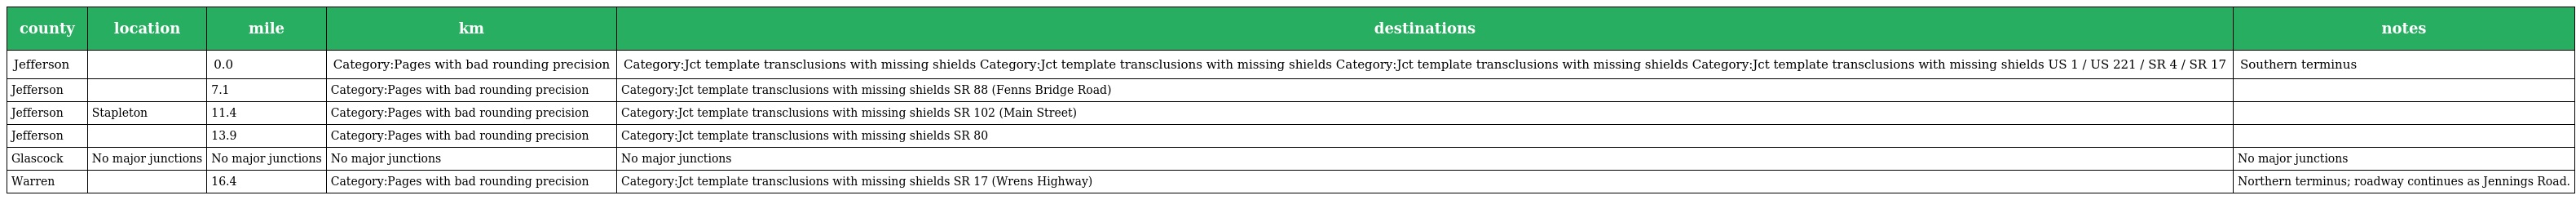
| county | location | mile | km | destinations | notes |
 | --- | --- | --- | --- | --- | --- |
 | Jefferson |  | 0.0 | Category:Pages with bad rounding precision | Category:Jct template transclusions with missing shields Category:Jct template transclusions with missing shields Category:Jct template transclusions with missing shields Category:Jct template transclusions with missing shields US 1 / US 221 / SR 4 / SR 17 | Southern terminus |
 | Jefferson |  | 7.1 | Category:Pages with bad rounding precision | Category:Jct template transclusions with missing shields SR 88 (Fenns Bridge Road) |  |
 | Jefferson | Stapleton | 11.4 | Category:Pages with bad rounding precision | Category:Jct template transclusions with missing shields SR 102 (Main Street) |  |
 | Jefferson |  | 13.9 | Category:Pages with bad rounding precision | Category:Jct template transclusions with missing shields SR 80 |  |
 | Glascock | No major junctions | No major junctions | No major junctions | No major junctions | No major junctions |
 | Warren |  | 16.4 | Category:Pages with bad rounding precision | Category:Jct template transclusions with missing shields SR 17 (Wrens Highway) | Northern terminus; roadway continues as Jennings Road. |